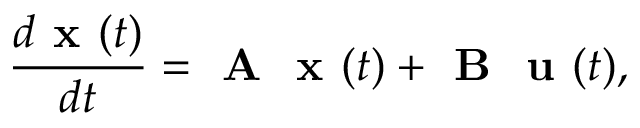
\frac { d \textbf { x } ( t ) } { d t } = \textbf { A } \textbf { x } ( t ) + \textbf { B } \textbf { u } ( t ) ,